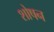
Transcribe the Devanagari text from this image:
शोषन